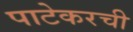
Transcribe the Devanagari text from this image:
पाटेकरची